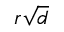
r { \sqrt { d } }